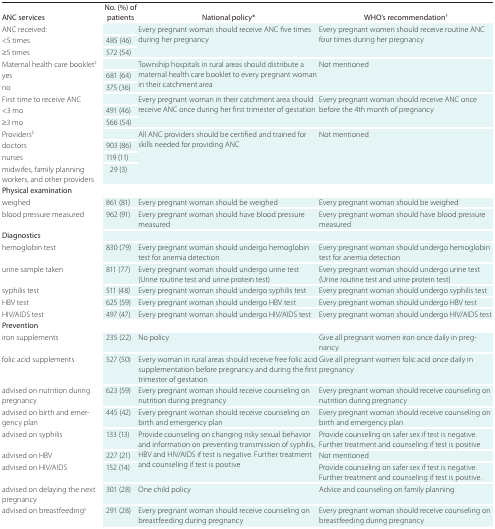
<table><thead><tr><td><b>ANC services</b></td><td><b>No. (%) of patients</b></td><td><b>National policy*</b></td><td><b>WHO’s recommendation<sup>†</sup></b></td></tr></thead><tbody><tr><td>ANC received:</td><td></td><td rowspan="3">Every pregnant woman should receive ANC five times during her pregnancy</td><td rowspan="3">Every pregnant women should receive routine ANC four times during her pregnancy</td></tr><tr><td>&lt;5 times</td><td>485 (46)</td></tr><tr><td>≥5 times</td><td>572 (54)</td></tr><tr><td>Maternal health care booklet<sup>‡</sup></td><td></td><td rowspan="3">Township hospitals in rural areas should distribute a maternal health care booklet to every pregnant woman in their catchment area</td><td rowspan="3">Not mentioned</td></tr><tr><td>yes</td><td>681 (64)</td></tr><tr><td>no</td><td>375 (36)</td></tr><tr><td>First time to receive ANC</td><td></td><td rowspan="3">Every pregnant woman in their catchment area should receive ANC once during her first trimester of gestation</td><td rowspan="3">Every pregnant woman should receive ANC once before the 4th month of pregnancy</td></tr><tr><td>&lt;3 mo</td><td>491 (46)</td></tr><tr><td>≥3 mo</td><td>566 (54)</td></tr><tr><td>Providers<sup>§</sup></td><td></td><td rowspan="4">All ANC providers should be certified and trained for skills needed for providing ANC</td><td rowspan="4">Not mentioned</td></tr><tr><td>doctors</td><td>903 (86)</td></tr><tr><td>nurses</td><td>119 (11)</td></tr><tr><td>midwifes, family planning workers, and other providers</td><td>29 (3)</td></tr><tr><td>Physical examination</td><td></td><td></td><td></td></tr><tr><td>weighed</td><td>861 (81)</td><td>Every pregnant woman should be weighed</td><td>Every pregnant woman should be weighed</td></tr><tr><td>blood pressure measured</td><td>962 (91)</td><td>Every pregnant woman should have blood pressure measured</td><td>Every pregnant woman should have blood pressure measured</td></tr><tr><td>Diagnostics</td><td></td><td></td><td></td></tr><tr><td>hemoglobin test</td><td>830 (79)</td><td>Every pregnant woman should undergo hemoglobin test for anemia detection</td><td>Every pregnant woman should undergo hemoglobin test for anemia detection</td></tr><tr><td>urine sample taken</td><td>811 (77)</td><td>Every pregnant woman should undergo urine test (Urine routine test and urine protein test)</td><td>Every pregnant woman should undergo urine test (Urine routine test and urine protein test)</td></tr><tr><td>syphilis test</td><td>511 (48)</td><td>Every pregnant woman should undergo syphilis test</td><td>Every pregnant woman should undergo syphilis test</td></tr><tr><td>HBV test</td><td>625 (59)</td><td>Every pregnant woman should undergo HBV test</td><td>Every pregnant woman should undergo HBV test</td></tr><tr><td>HIV/AIDS test</td><td>497 (47)</td><td>Every pregnant woman should undergo HIV/AIDS test</td><td>Every pregnant woman should undergo HIV/AIDS test</td></tr><tr><td>Prevention</td><td></td><td></td><td></td></tr><tr><td>iron supplements</td><td>235 (22)</td><td>No policy</td><td>Give all pregnant women iron once daily in pregnancy</td></tr><tr><td>folic acid supplements</td><td>527 (50)</td><td>Every woman in rural areas should receive free folic acid supplementation before pregnancy and during the first trimester of gestation</td><td>Give all pregnant women folic acid once daily in pregnancy</td></tr><tr><td>advised on nutrition during pregnancy</td><td>623 (59)</td><td>Every pregnant woman should receive counseling on nutrition during pregnancy</td><td>Every pregnant woman should receive counseling on nutrition during pregnancy</td></tr><tr><td>advised on birth and emergency plan</td><td>445 (42)</td><td>Every pregnant woman should receive counseling on birth and emergency plan</td><td>Every pregnant woman should receive counseling on birth and emergency plan</td></tr><tr><td>advised on syphilis</td><td>133 (13)</td><td rowspan="3">Provide counseling on changing risky sexual behavior and information on preventing transmission of syphilis, HBV and HIV/AIDS if test is negative. Further treatment and counseling if test is positive</td><td>Provide counseling on safer sex if test is negative. Further treatment and counseling if test is positive</td></tr><tr><td>advised on HBV</td><td>227 (21)</td><td>Not mentioned</td></tr><tr><td>advised on HIV/AIDS</td><td>152 (14)</td><td>Provide counseling on safer sex if test is negative. Further treatment and counseling if test is positive.</td></tr><tr><td>advised on delaying the next pregnancy</td><td>301 (28)</td><td>One child policy</td><td>Advice and counseling on family planning</td></tr><tr><td>advised on breastfeeding<sup>II</sup></td><td>291 (28)</td><td>Every pregnant woman should receive counseling on breastfeeding during pregnancy</td><td>Every pregnant woman should receive counseling on breastfeeding during pregnancy</td></tr></tbody></table>